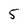
Character: 5